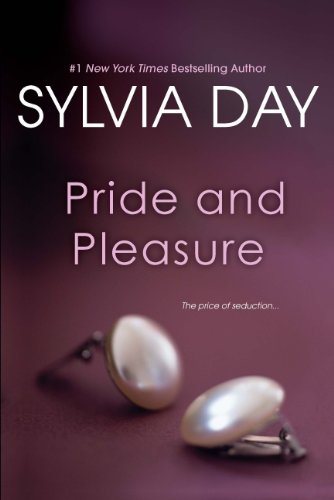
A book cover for Pride and Pleasure; Sylvia Day; Romance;